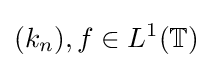
(k_{n}),f\in L^{1}(\mathbb {T} )